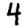
Digit: 4